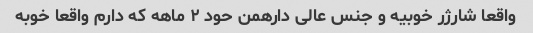
واقعا شارژر خوبیه و جنس عالی دارهمن حود ۲ ماهه که دارم واقعا خوبه